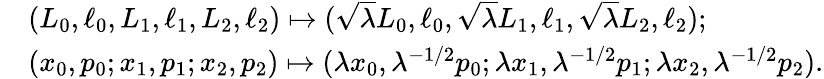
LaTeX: \begin{array}{rl}&{(L_{0},\ell_{0},L_{1},\ell_{1},L_{2},\ell_{2})\mapsto(\sqrt\lambda L_{0},\ell_{0},\sqrt\lambda L_{1},\ell_{1},\sqrt\lambda L_{2},\ell_{2});}\\ &{(x_{0},p_{0};x_{1},p_{1};x_{2},p_{2})\mapsto(\lambda x_{0},\lambda^{-1/2}p_{0};\lambda x_{1},\lambda^{-1/2}p_{1};\lambda x_{2},\lambda^{-1/2}p_{2}).}\end{array}